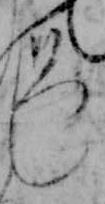
し